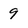
Character: 9